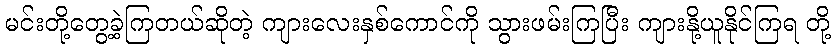
မင်းတို့တွေ့ခဲ့ကြတယ်ဆိုတဲ့ ကျားလေးနှစ်ကောင်ကို သွားဖမ်းကြပြီး ကျားနို့ယူနိုင်ကြရ တို့